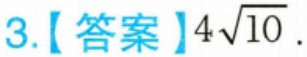
3.【答案】\(4\sqrt{10}\).